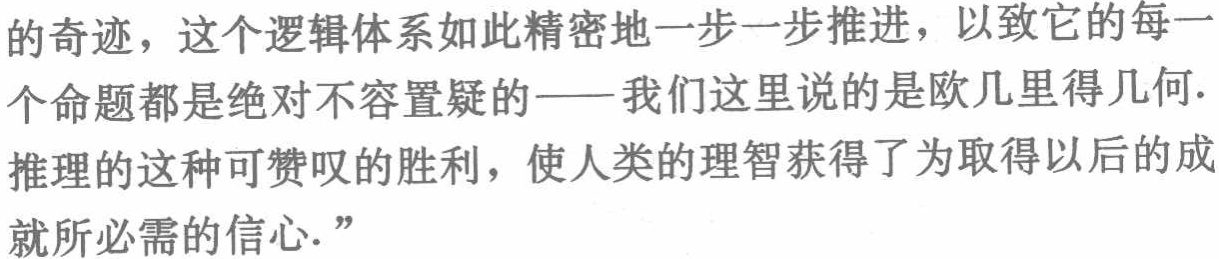
的奇迹，这个逻辑体系如此精密地一步一步推进，以致它的每一个命题都是绝对不容置疑的——我们这里说的是欧几里得几何. 推理的这种可赞叹的胜利，使人类的理智获得了为取得以后的成就所必需的信心.”